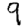
Digit: 9